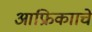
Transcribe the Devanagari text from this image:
आफ्रिकााचे